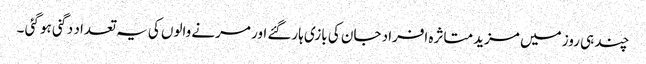
چند ہی روز میں مزید متاثرہ افراد جان کی بازی ہارگئے اور مرنے والوں کی یہ تعداد دگنی ہو گئی ۔